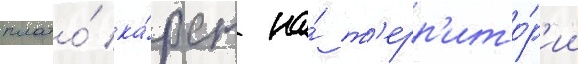
плато́ ка́рст на́ т'ерр'ито́р'ии